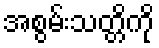
အစွမ်းသတ္တိကို